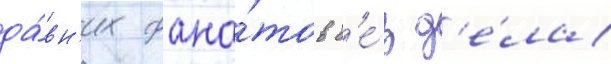
да́вн'их фана́тов б'е́з д'е́ла